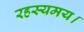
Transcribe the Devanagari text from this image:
रहस्यमय।